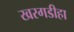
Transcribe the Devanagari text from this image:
खरगडीहा